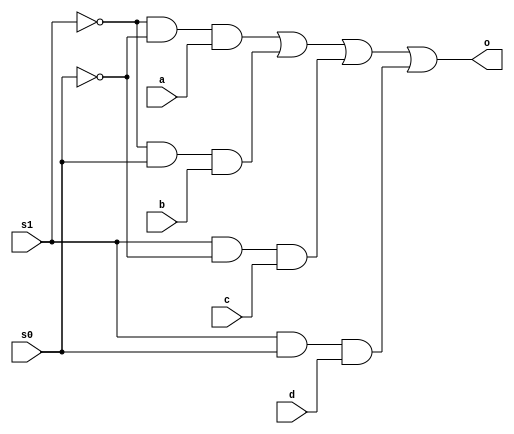
`timescale 1ns / 1ps
//////////////////////////////////////////////////////////////////////////////////
// Company: 
// Engineer: 
// 
// Design Name: 
// Module Name: mux41
// Project Name: 
// Target Devices: 
// Tool Versions: 
// Description: 
// 
// Dependencies: 
// 
// Revision:
// Revision 0.01 - File Created
// Additional Comments:
// 
//////////////////////////////////////////////////////////////////////////////////


module mux41(
input a,b,c,d,
s1,s0,
output o
    );

     assign o = (~s1 & ~s0) &a | (~s1 & s0)&b | (s1 &~s0) & c | (s1 &s0) & d;
endmodule